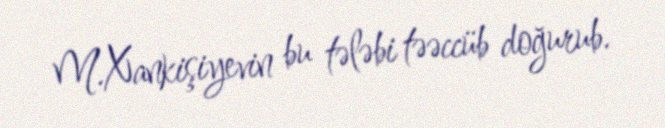
M.Xankişiyevin bu tələbi təəccüb doğurub.